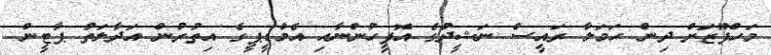
މަހްފޫޒަށް ދިން ހަމަލާ ރައީސް ނަޝީދުގެ އޮފީހުންނާއި އެމްޑީޕީގެ އިތުރުން އަދާލަތު ޕާޓީން